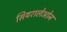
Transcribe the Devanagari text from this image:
सियरालेओन